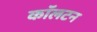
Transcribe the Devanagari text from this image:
काॅलटन